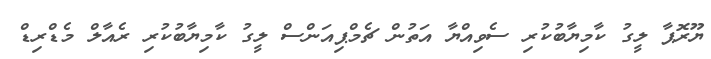
ޔޫރޮޕާ ލީގު ކާމިޔާބުކުރި ސެވިއްޔާ އަތުން ޗެމްޕިއަންސް ލީގު ކާމިޔާބުކުރި ރެއާލް މެޑްރިޑް